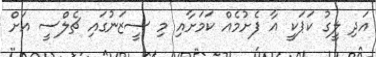
އަދި ލީގު ކަޕަކީ އާ ފެށުމެއް ކަމަށާއި މި ސީޒަނުގައި ޗެލްސީ އަށް